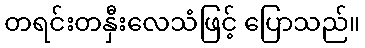
တရင်းတနှီးလေသံဖြင့် ပြောသည်။